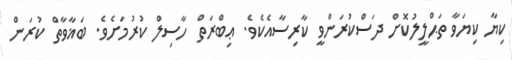
ކިޔާ ކިޔަވާ ތަޙްލީލުކޮށް ދަސްކުރަންވީ ކާރިސާއެކެވެ. ޢިބްރަތް ހާސިލް ކުރުމަށެވެ. ބަޣާވާތް ކުރަން